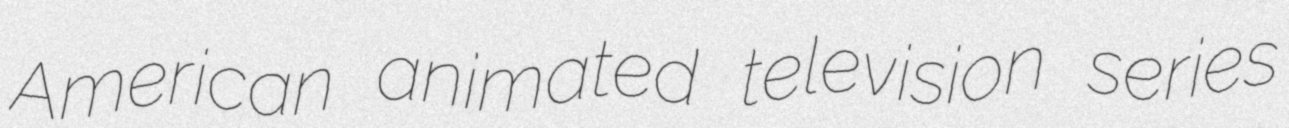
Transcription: American animated television series